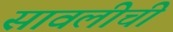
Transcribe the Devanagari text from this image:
सावलीची